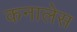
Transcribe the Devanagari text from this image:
कनालेस